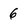
Character: 6